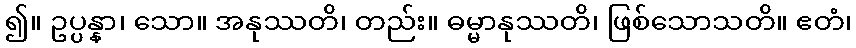
၍။ ဥပ္ပန္နာ၊ သော။ အနုဿတိ၊ တည်း။ ဓမ္မာနုဿတိ၊ ဖြစ်သောသတိ။ ဧတံ၊